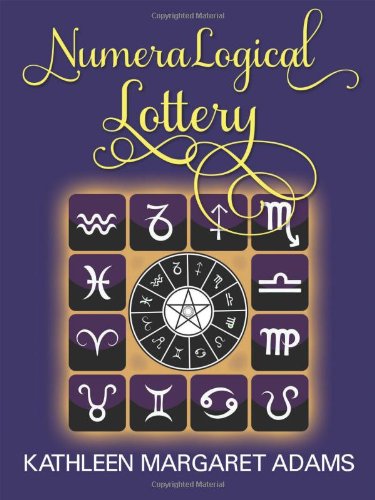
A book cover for Numeralogical Lottery; Kathleen Margaret Adams; Health, Fitness & Dieting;